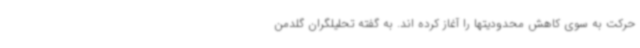
حرکت به سوی کاهش محدودیتها را آغاز کرده اند. به گفته تحلیلگران گلدمن